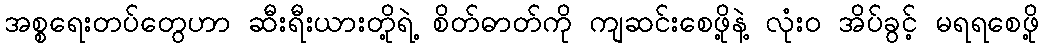
အစ္စရေးတပ်တွေဟာ ဆီးရီးယားတို့ရဲ့ စိတ်ဓာတ်ကို ကျဆင်းစေဖို့နဲ့ လုံး၀ အိပ်ခွင့် မရရစေဖို့